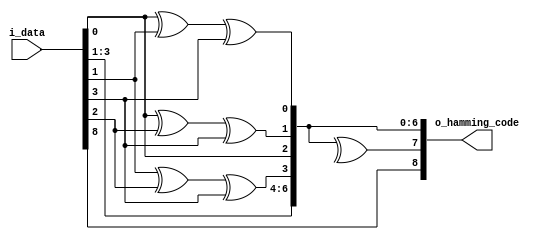
/*
 * ------------------------------------------------------------------
 *                  HAMMING 74 ENCODER v1.0
 * 
 * Hamming code (Hamming(7,4)) is a type of error-correcting code used
 * to detect and correct errors that may occur when transmitting digital
 * data. The code uses four data bits and adds three parity bits to form
 * a seven-bit code word. These parity bits are calculated based on the
 * data bits using a specific algorithm. The code can detect and correct
 * single-bit errors, making it useful in applications where data
 * integrity is critical, such as in computer memory or communication
 * systems. The Hamming code was invented by Richard Hamming in the
 * 1950s and is still widely used today.
 * 
 * Written Date: 27/042023
 * Last Edited: 27/04/2023
 * 
 *      (C) 2023, Asanka Sovis
 * ------------------------------------------------------------------
 */

module hamming74_enc(
    input  [8:0] i_data,
    output [8:0] o_hamming_code
);

reg p1, p2, p4;

always @(*) begin
    p1 = i_data[0] ^ i_data[1] ^ i_data[3];
    p2 = i_data[0] ^ i_data[2] ^ i_data[3];
    p4 = i_data[1] ^ i_data[2] ^ i_data[3];
end

assign o_hamming_code[6:0] = {i_data[3:1],p4,i_data[0],p2,p1};

assign o_hamming_code[7] = ^o_hamming_code[6:0];
assign o_hamming_code[8] = i_data[8];

endmodule